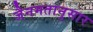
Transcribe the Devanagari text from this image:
जैनमतानुसार